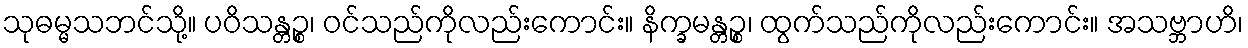
သုဓမ္မသဘင်သို့။ ပဝိသန္တဉ္စ၊ ဝင်သည်ကိုလည်းကောင်း။ နိက္ခမန္တဉ္စ၊ ထွက်သည်ကိုလည်းကောင်း။ အသဗ္ဘာဟိ၊